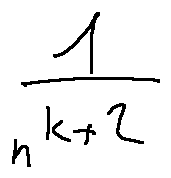
\frac { 1 } { n ^ { k + 2 } }